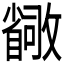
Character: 𫿛